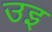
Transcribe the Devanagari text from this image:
उइ